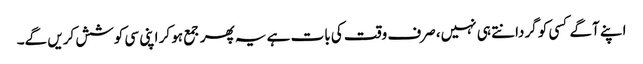
اپنے آگے کسی کو گردانتے ہی نہیں، صرف وقت کی بات ہے یہ پھر جمع ہو کر اپنی سی کوشش کریں گے۔